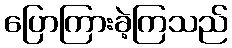
ပြောကြားခဲ့ကြသည်